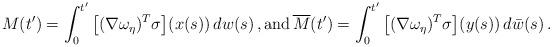
LaTeX: \begin{align*} M(t') = \int_0^{t'} \big[(\nabla \omega_\eta)^T\sigma\big](x(s))\, dw(s)\,, \mbox{and}\,\overline{M}(t') = \int_0^{t'} \big[(\nabla \omega_\eta)^T\sigma\big](y(s))\, d\bar{w}(s)\,. \end{align*}